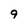
Character: 9